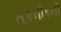
તકનીકની